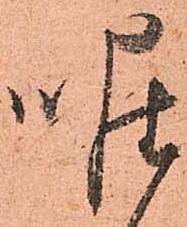
唯